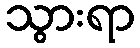
သွားရာ